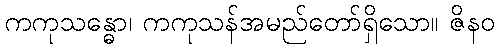
ကကုသန္ဓော၊ ကကုသန်အမည်တော်ရှိသော။ ဇိနဝ